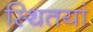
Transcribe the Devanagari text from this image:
स्थितयां